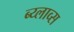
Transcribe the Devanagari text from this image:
ब्य्लाव्स